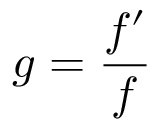
g = { \frac { f ^ { \prime } } { f } }